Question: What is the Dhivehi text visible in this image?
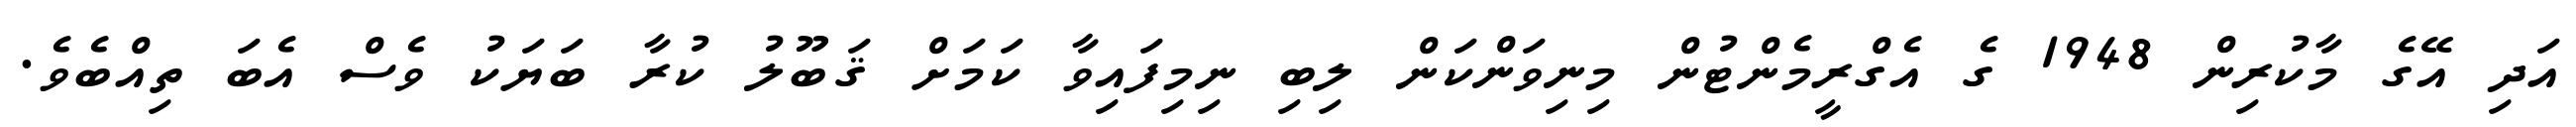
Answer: އަދި އޭގެ މާކުރިން 1948 ގެ އެގްރީމެންޓުން މިނިވަންކަން ލިބި ނިމިފައިވާ ކަމަށް ޤަބޫލު ކުރާ ބަޔަކު ވެސް އެބަ ތިއްބެވެ.